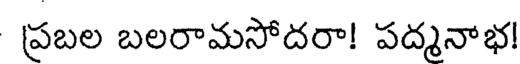
ప్రబల బలరామసోదరా! పద్మనాభ!